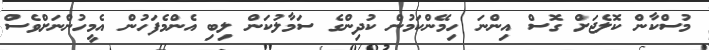
މުސްކާން ކޮލެޖަށް ގޮސް އިންނަ ހިމޭންކަމުން ކުދިންގެ ސަމާލުކަން ލިބި އެންމެފަހުން އެމީހުންނަށްވެސް